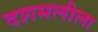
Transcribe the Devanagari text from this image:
दशमलीला